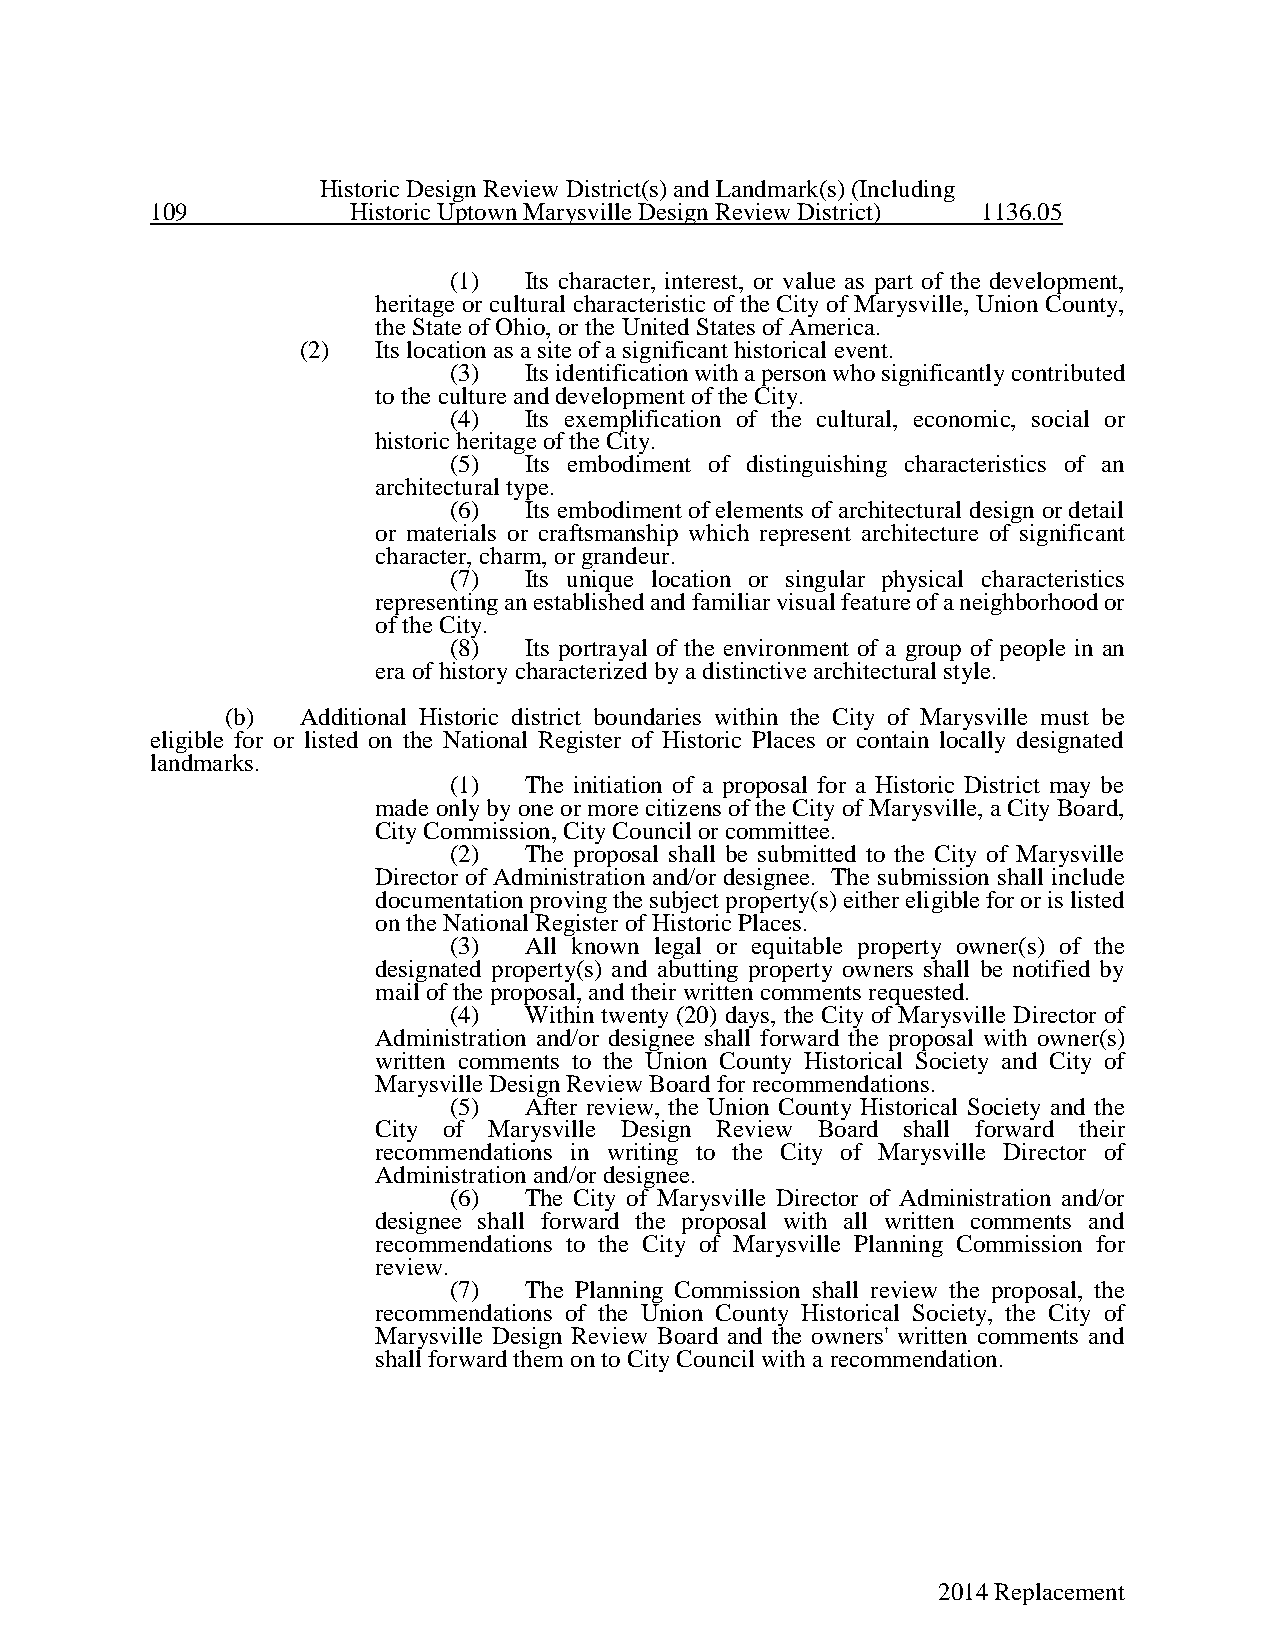
Historic Design Review District(s) and Landmark(s) (Including
 109          Historic Uptown Marysville Design Review District) 1136.05
 (1)  Its character, interest, or value as part of the development,
 heritage or cultural characteristic of the City of Marysville, Union County,
 the State of Ohio, or the United States of America.
 (2)  Its location as a site of a significant historical event.
 (3)  Its identification with a person who significantly contributed
 to the culture and development of the City.
 (4)  Its exemplification of the cultural, economic, social or
 historic heritage of the City.
 (5)  Its embodiment of distinguishing characteristics of an
 architectural type.
 (6)  Its embodiment of elements of architectural design or detail
 or materials or craftsmanship which represent architecture of significant
 character, charm, or grandeur.
 (7)  Its unique location or singular physical characteristics
 representing an established and familiar visual feature of a neighborhood or
 of the City.
 (8)  Its portrayal of the environment of a group of people in an
 era of history characterized by a distinctive architectural style.
 (b)  Additional Historic district boundaries within the City of Marysville must be
 eligible for or listed on the National Register of Historic Places or contain locally designated
 landmarks.
 (1)  The initiation of a proposal for a Historic District may be
 made only by one or more citizens of the City of Marysville, a City Board,
 City Commission, City Council or committee.
 (2)  The proposal shall be submitted to the City of Marysville
 Director of Administration and/or designee. The submission shall include
 documentation proving the subject property(s) either eligible for or is listed
 on the National Register of Historic Places.
 (3)  All known legal or equitable property owner(s) of the
 designated property(s) and abutting property owners shall be notified by
 mail of the proposal, and their written comments requested.
 (4)  Within twenty (20) days, the City of Marysville Director of
 Administration and/or designee shall forward the proposal with owner(s)
 written comments to the Union County Historical Society and City of
 Marysville Design Review Board for recommendations.
 (5)  After review, the Union County Historical Society and the
 City of Marysville Design Review Board shall forward their
 recommendations in writing to the City of Marysville Director of
 Administration and/or designee.
 (6)  The City of Marysville Director of Administration and/or
 designee shall forward the proposal with all written comments and
 recommendations to the City of Marysville Planning Commission for
 review.
 (7)  The Planning Commission shall review the proposal, the
 recommendations of the Union County Historical Society, the City of
 Marysville Design Review Board and the owners' written comments and
 shall forward them on to City Council with a recommendation.
 2014 Replacement